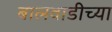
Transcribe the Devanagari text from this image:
बालवाडीच्या